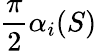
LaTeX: \frac{\pi}{2}\alpha_{i}(S)